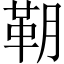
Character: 䩗